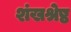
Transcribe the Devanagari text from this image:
शंखश्रेष्ठ